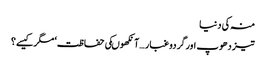
منہ کی دنیا
تیز دھوپ اورگردوغبار …آنکھوںکی حفاظت‘ مگرکیسے؟